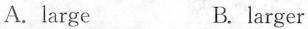
A.large B.larger